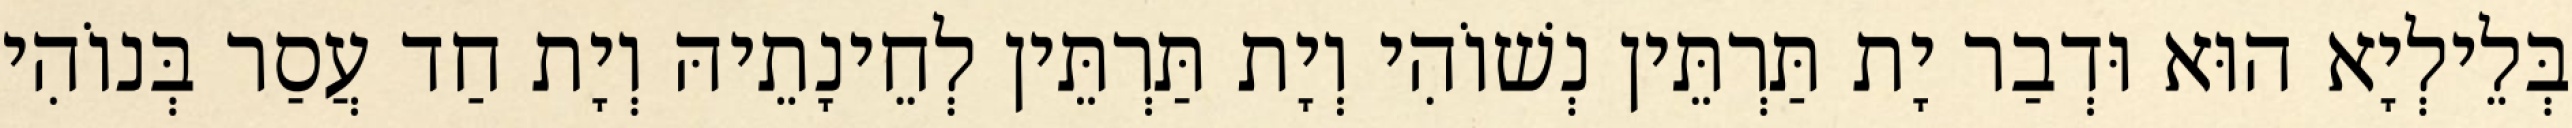
בְּלֵילְיָא הוּא וּדְבַר יָת תַּרְתֵּין נְשׁוֹהִי וְיָת תַּרְתֵּין לְחֵינָתֵיהּ וְיָת חַד עֲסַר בְּנוֹהִי